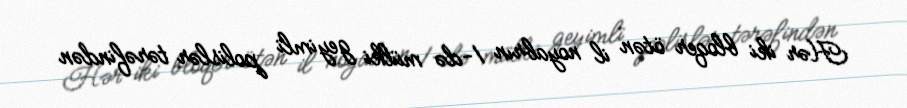
Hər iki bloqer ötən il noyabrın 1-də mülki geyimli polislər tərəfindən